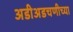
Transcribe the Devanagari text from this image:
अडीअडचणीच्या